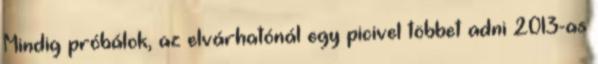
Mindig próbálok, az elvárhatónál egy picivel többet adni 2013-as